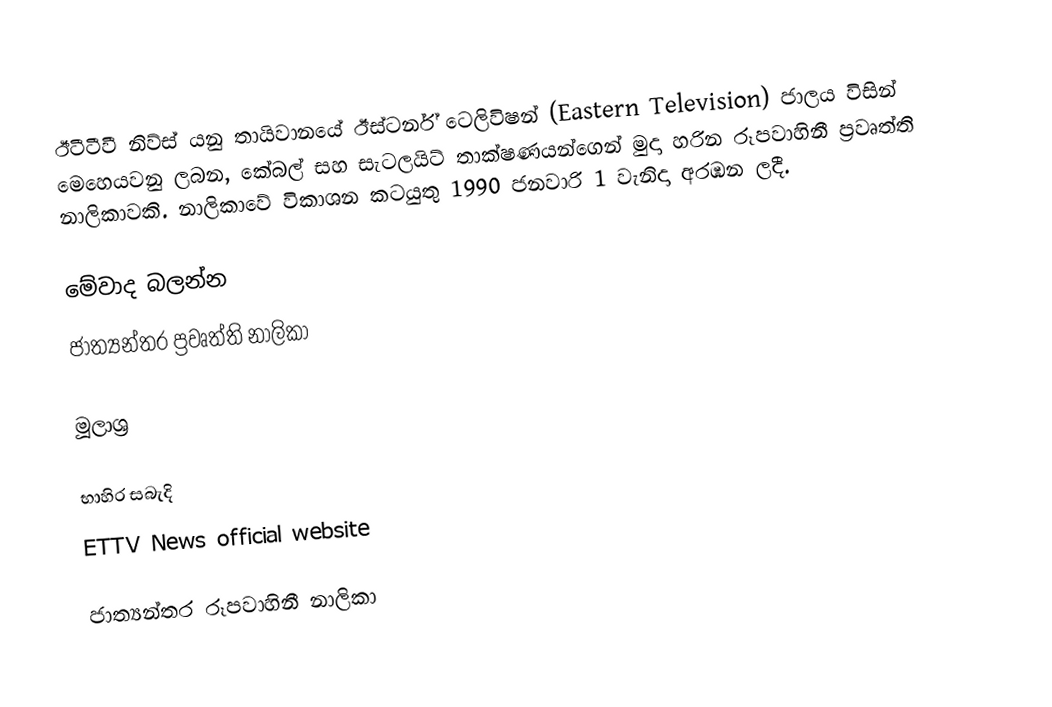
ඊටීටීවී නිව්ස් යනු තායිවානයේ ඊස්ටර්න් ටෙලිවිෂන් (Eastern Television) ජාලය විසින් මෙහෙයවනු ලබන, කේබල් සහ සැටලයිට් තාක්ෂණයන්ගෙන් මුදා හරින රූපවාහිනී ප්‍රවෘත්ති නාලිකාවකි. නාලිකාවේ විකාශන කටයුතු 1990 ජනවාරි 1 වැනිදා අරඹන ලදී.

මේවාද බලන්න
 ජාත්‍යන්තර ප්‍රවෘත්ති නාලිකා

මූලාශ්‍ර

භාහිර සබැදි
 ETTV News official website

ජාත්‍යන්තර රූපවාහිනී නාලිකා